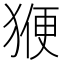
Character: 𭸝